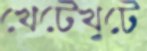
খেটেখুটে